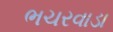
ભચરવાડા